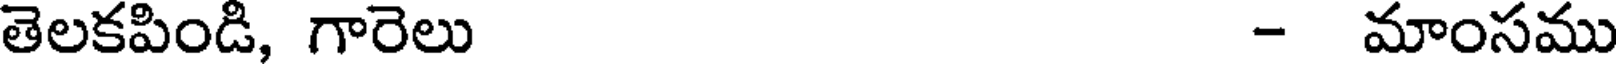
తెలకపిండి, గారెలు - మాంసము